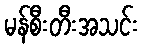
မန်စီးတီးအသင်း